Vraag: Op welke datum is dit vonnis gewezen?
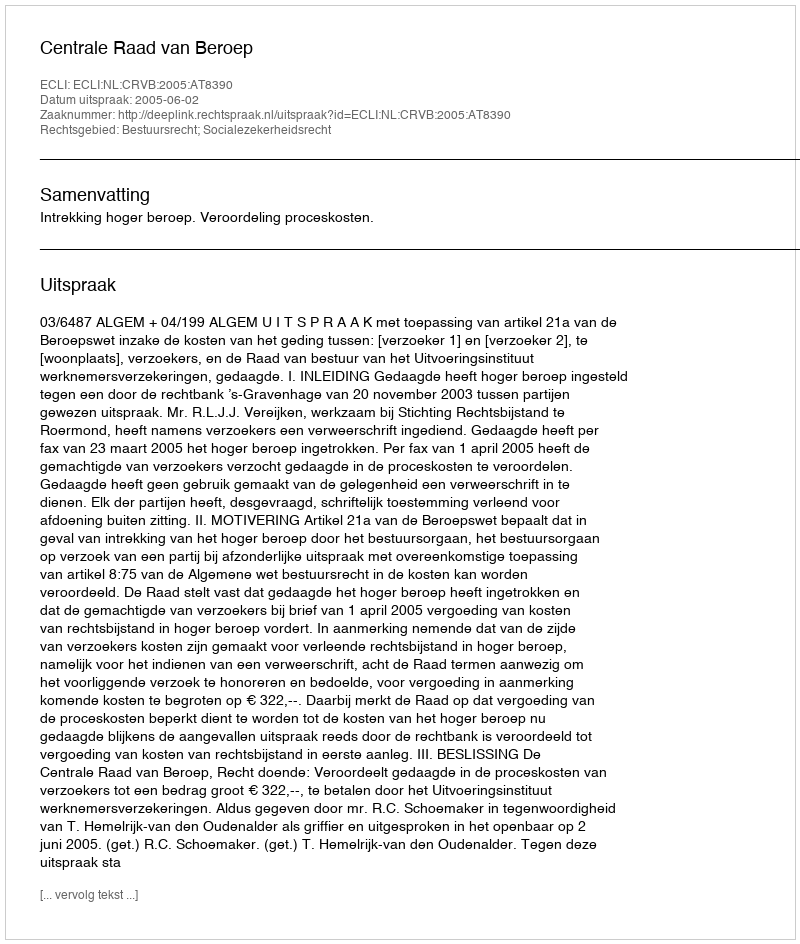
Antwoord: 2005-06-02